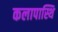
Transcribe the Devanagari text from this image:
कलापास्थि